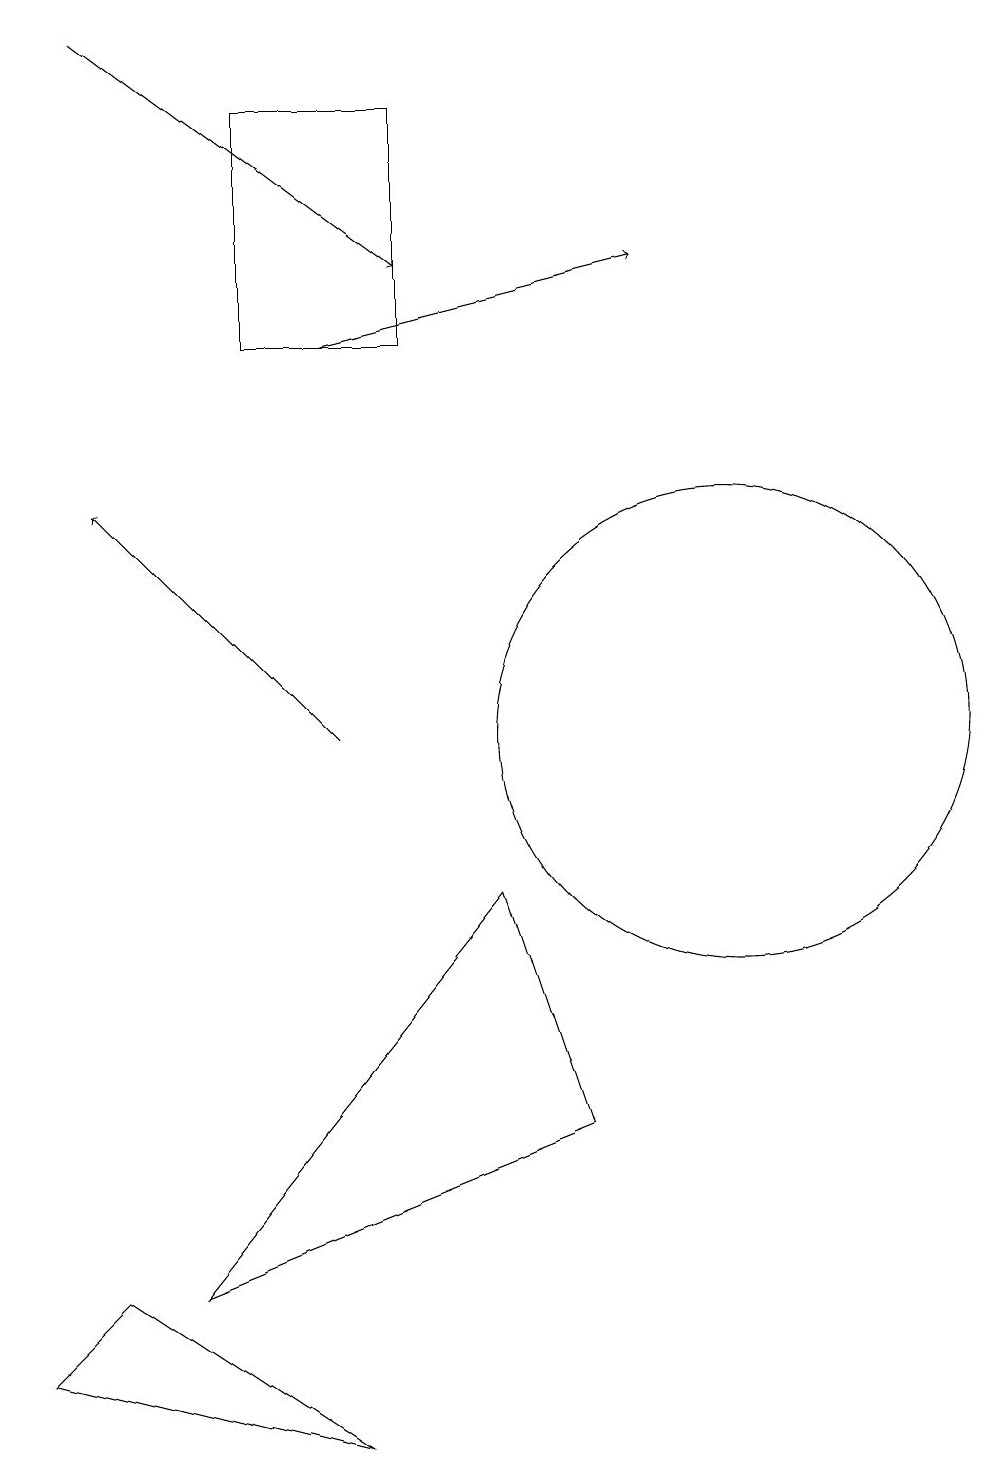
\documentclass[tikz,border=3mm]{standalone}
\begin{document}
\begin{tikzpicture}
\draw[->] (2,19) -- (6,16);
\draw[->] (5,15) -- (9,16);
\draw (3,3) -- (7,8) -- (8,5) -- cycle;
\draw (2,3) -- (1,2) -- (5,1) -- cycle;
\draw (4,18) rectangle (6,15);
\draw (10,10) circle (3);
\draw[->] (5,10) -- (2,13);
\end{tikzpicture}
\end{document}